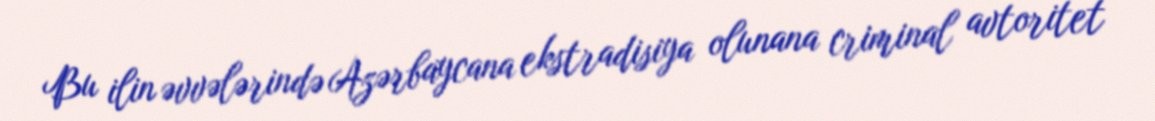
Bu ilin əvvələrində Azərbaycana ekstradisiya olunana criminal avtoritet